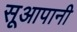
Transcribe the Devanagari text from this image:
सूआपानी